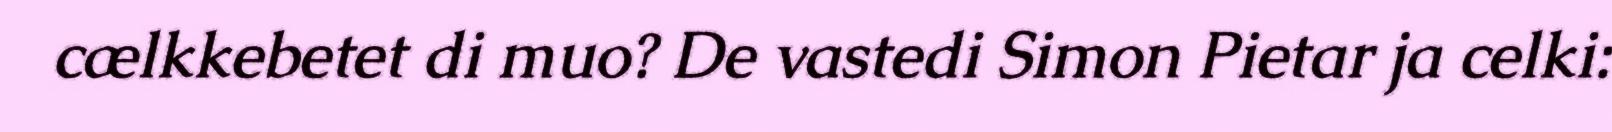
cælkkebetet di muo? De vastedi Simon Pietar ja celki: